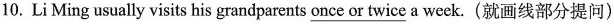
10. LiMing usually visits his grandparents \underline{once or twice} a week.(就画线部分提问)